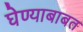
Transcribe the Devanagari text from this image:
घेण्याबाबत